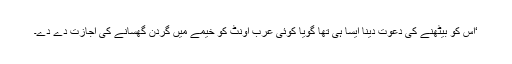
‘اس کو بیٹھنے کی دعوت دینا ایسا ہی تھا گویا کوئی عرب اونٹ کو خیمے میں گردن گھسانے کی اجازت دے دے۔